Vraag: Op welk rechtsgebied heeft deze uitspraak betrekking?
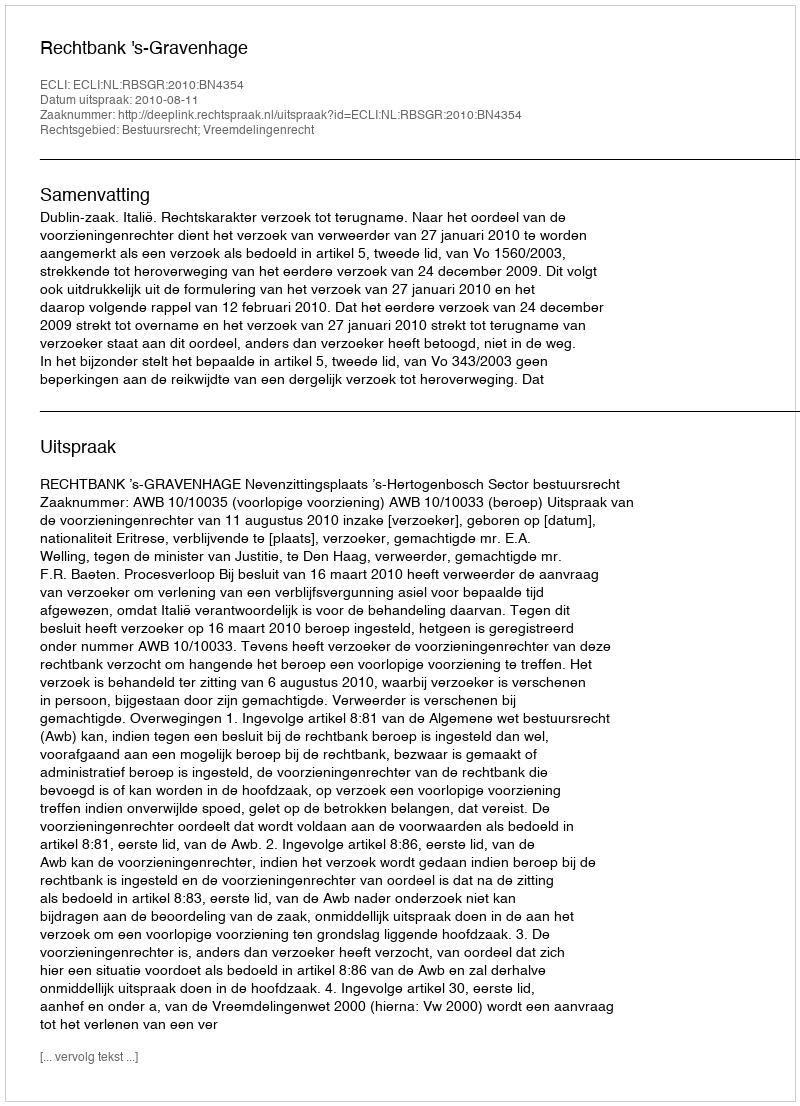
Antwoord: Bestuursrecht; Vreemdelingenrecht